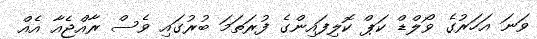
ވަަނަ އަަހަރުގެ ވޯލްޑް ކަޕް ކޮލިފައިންގެ ފުރަތަމަ ބުރުގައި ވެސް ރާއްޖެއާ އެއް